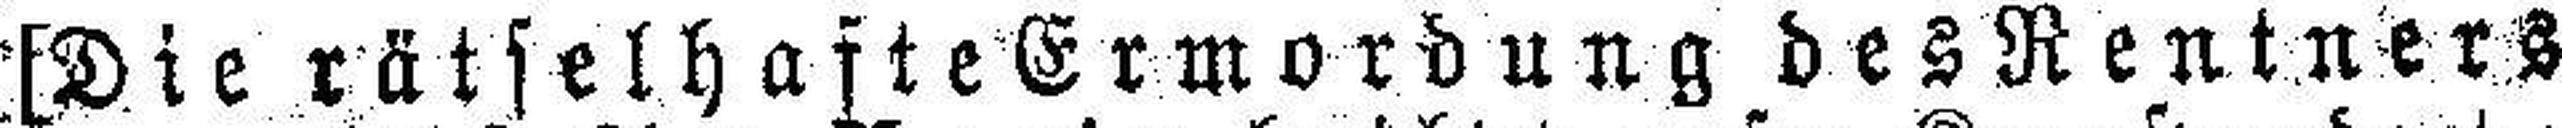
[Die rätselhafte Ermordung des Rentners